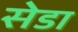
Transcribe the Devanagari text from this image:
सेडा